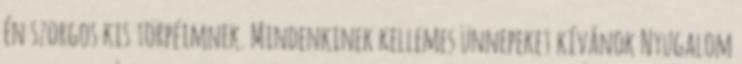
én szorgos kis törpéimnek. Mindenkinek kellemes ünnepeket kívánok Nyugalom